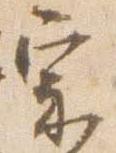
宗